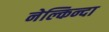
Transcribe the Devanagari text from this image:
नेल्किन्दा